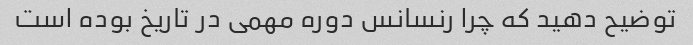
توضیح دهید که چرا رنسانس دوره مهمی در تاریخ بوده است